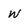
Character: W